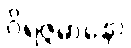
ဝိရဇ္ဇမာနော